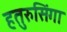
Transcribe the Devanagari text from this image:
हतुरुसिंगा